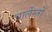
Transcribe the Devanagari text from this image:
चार्लेस्तों